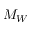
M _ { W }